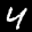
Label: 4